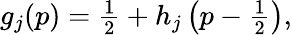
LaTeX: \begin{array}{r}{g_{j}(p)=\frac{1}{2}+h_{j}\left(p-\frac{1}{2}\right),}\end{array}